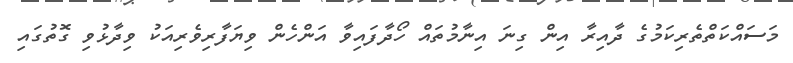
މަސައްކަތްތެރިކަމުގެ ދާއިރާ އިން ގިނަ އިނާމުތައް ހޯދާފައިވާ އަންހެން ވިޔަފާރިވެރިއަކު ވިދާޅުވި ގޮތުގައި